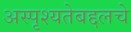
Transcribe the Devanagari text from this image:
अस्पृश्यतेबद्दलचे